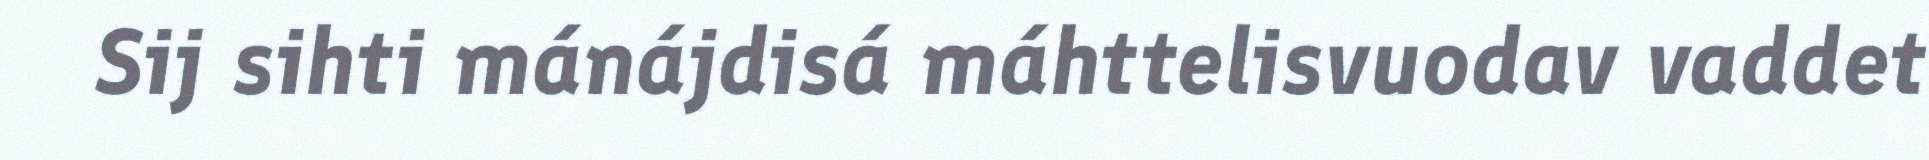
Sij sihti mánájdisá máhttelisvuodav vaddet